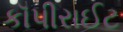
કૉપીરાઈટ